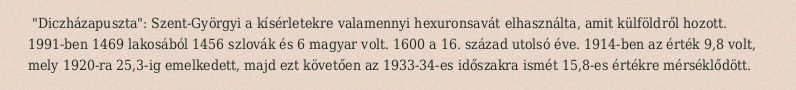
"Diczházapuszta": Szent-Györgyi a kísérletekre valamennyi hexuronsavát elhasználta, amit külföldről hozott. 1991-ben 1469 lakosából 1456 szlovák és 6 magyar volt. 1600 a 16. század utolsó éve. 1914-ben az érték 9,8 volt, mely 1920-ra 25,3-ig emelkedett, majd ezt követően az 1933-34-es időszakra ismét 15,8-es értékre mérséklődött.